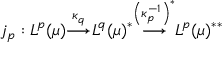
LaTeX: j _ { p } : L ^ { p } ( \mu ) { \overset { \kappa _ { q } } { \longrightarrow } } L ^ { q } ( \mu ) ^ { * } { \overset { \left( \kappa _ { p } ^ { - 1 } \right) ^ { * } } { \longrightarrow } } L ^ { p } ( \mu ) ^ { * * }